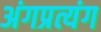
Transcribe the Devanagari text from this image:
अंगप्रत्यंग